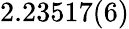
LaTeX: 2.23517(6)